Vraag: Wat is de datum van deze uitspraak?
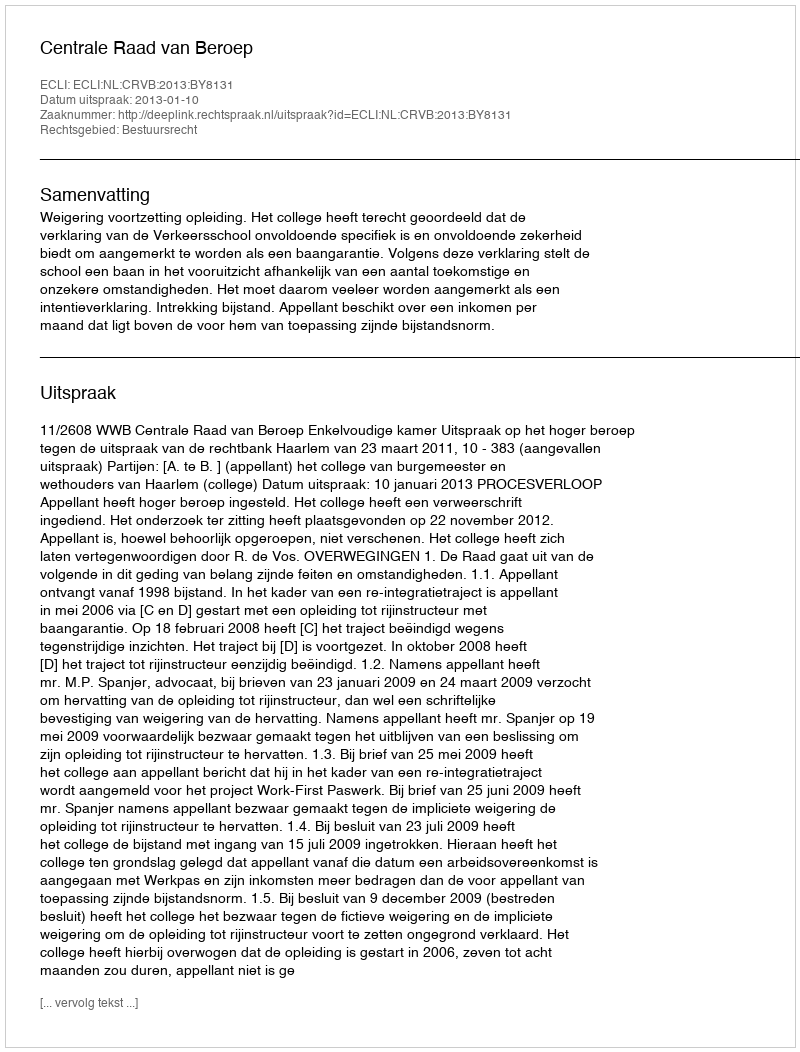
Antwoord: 2013-01-10